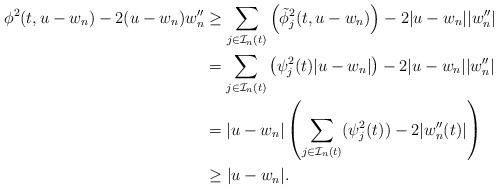
\begin{align*}\phi^2(t, u -w_n) - 2(u -w_n) w_n'' & \geq \sum_{j \in \mathcal{I}_n (t)} \left(\tilde{\phi}_j^2 (t, u-w_n)\right) - 2|u-w_n| |w_n''| \\& = \sum_{j \in \mathcal{I}_n (t)} \left(\psi_j^2 (t)|u-w_n|\right) - 2|u-w_n| |w_n''| \\& = |u-w_n| \left(\sum_{j \in \mathcal{I}_n (t)} (\psi_j^2 (t)) - 2|w_n''(t)|\right) \\& \geq | u -w_n|.\end{align*}